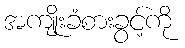
အကျိုးခံစားခွင့်ကို